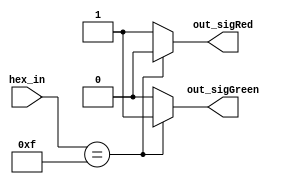
// Raj Dasadia
// Homework 2
//  4014
// detects if the input is a binary 1111
module hexFdetector (hex_in, out_sigRed, out_sigGreen);

input [3:0] hex_in;
output out_sigRed, out_sigGreen;

reg out_sigRed, out_sigGreen;

	always @ (hex_in)
		if (hex_in == 4'b1111)
		  begin
			out_sigGreen = 1; out_sigRed = 0;
		  end
		else
		  begin
			out_sigRed = 1; out_sigGreen = 0;
		  end
	
endmodule